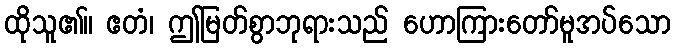
ထိုသူ၏။ ဧတံ၊ ဤမြတ်စွာဘုရားသည် ဟောကြားတော်မူအပ်သော